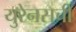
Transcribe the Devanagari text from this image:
युरेनसची